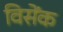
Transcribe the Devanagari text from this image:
विसेंक